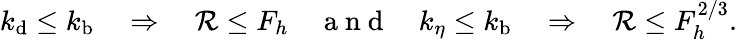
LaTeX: k_{\mathrm{d}}\leq k_{\mathrm{b}}~~~~\Rightarrow~~~~\mathcal{R}\leq F_{h}~~~~\mathrm{~a~n~d~}~~~~k_{\eta}\leq k_{\mathrm{b}}~~~~\Rightarrow~~~~\mathcal{R}\leq F_{h}^{2/3}.